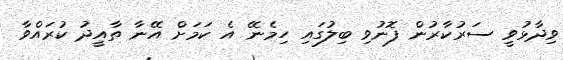
ވިދާޅުވީ ސަރުކާރުން ފޮނުވި ބިލުގައި ހިމެނޭ އެ ކަމަށް އޭނާ ތާއީދު ކުރައްވާ